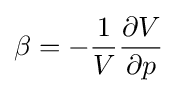
\beta =-{\frac {1}{V}}{\frac {\partial V}{\partial p}}